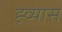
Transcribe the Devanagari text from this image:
ह्व्यास